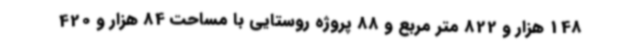
148 هزار و 822 متر مربع و 88 پروژه روستایی با مساحت 84 هزار و 420